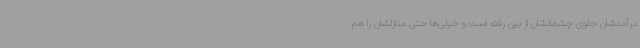
درآمدشان جلوی چشمانشان از بین رفته است و خیلی‌ها حتی منازلشان را هم